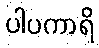
ပါပကာရိ